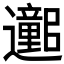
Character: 𫑕